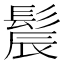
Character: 𫘾